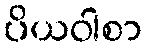
ပိယဝါစာ